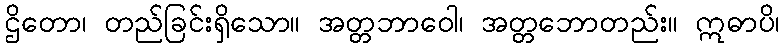
ဌိတော၊ တည်ခြင်းရှိသော။ အတ္တဘာဝေါ၊ အတ္တဘောတည်း။ ဣဓာပိ၊